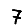
Digit: 7